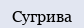
Сугрива